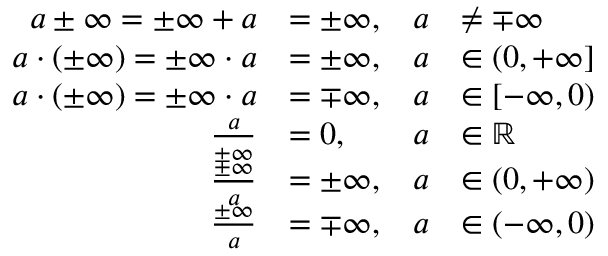
{ \begin{array} { r l r l } { a \pm \infty = \pm \infty + a } & { = \pm \infty , } & { a } & { \neq \mp \infty } \\ { a \cdot ( \pm \infty ) = \pm \infty \cdot a } & { = \pm \infty , } & { a } & { \in ( 0 , + \infty ] } \\ { a \cdot ( \pm \infty ) = \pm \infty \cdot a } & { = \mp \infty , } & { a } & { \in [ - \infty , 0 ) } \\ { { \frac { a } { \pm \infty } } } & { = 0 , } & { a } & { \in \mathbb { R } } \\ { { \frac { \pm \infty } { a } } } & { = \pm \infty , } & { a } & { \in ( 0 , + \infty ) } \\ { { \frac { \pm \infty } { a } } } & { = \mp \infty , } & { a } & { \in ( - \infty , 0 ) } \end{array} }